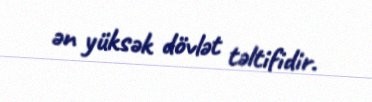
ən yüksək dövlət təltifidir.